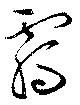
覊